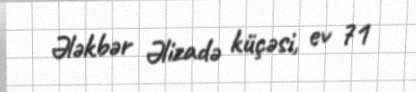
Ələkbər Əlizadə küçəsi, ev 71